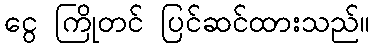
ငွေ ကြိုတင် ပြင်ဆင်ထားသည်။